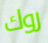
روك